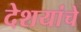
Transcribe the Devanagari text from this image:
देशयांचे